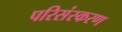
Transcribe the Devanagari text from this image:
परिसंस्करण